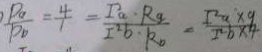
\frac { P _ { a } } { P _ { b } } = \frac { 4 } { 1 } = \frac { I ^ { 2 } _ { a } \cdot R _ { a } } { I ^ { 2 } b \cdot k _ { 0 } } = \frac { I ^ { 2 } _ { a } \times 9 } { I ^ { 2 } b \times 4 }